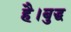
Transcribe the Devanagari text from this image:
है।बुद्ध